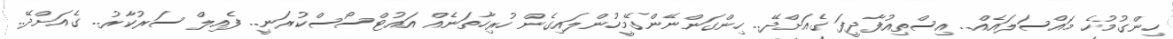
ހިންގުމުހެ މައްސަލައެއް.. އިސްތިއުފާދީފަ ގެއަށްދޭ.. ހިންގަންނޭންގޭމީހުންލައިގެން ހުރިހާތަނެއް އައުޓްސޯސްކުރަނީ.. ފެއިލް ސަރުކާރު.. ގެއަށްދޭ..